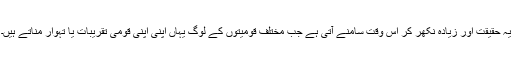
یہ حقیقت اور زیادہ نکھر کر اُس وقت سامنے آتی ہے جب مختلف قومیتوں کے لوگ یہاں اپنی اپنی قومی تقریبات یا تہوار مناتے ہیں۔